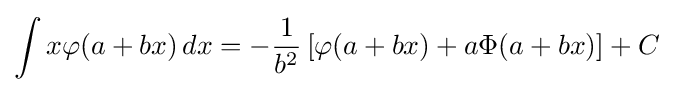
\int x\varphi (a+bx)\,dx=-{\frac {1}{b^{2}}}\left[\varphi (a+bx)+a\Phi (a+bx)\right]+C